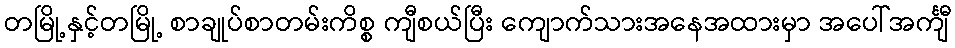
တမြို့နှင့်တမြို့ စာချုပ်စာတမ်းကိစ္စ ကျီစယ်ပြီး ကျောက်သားအနေအထားမှာ အပေါ်အင်္ကျီ